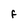
Character: F